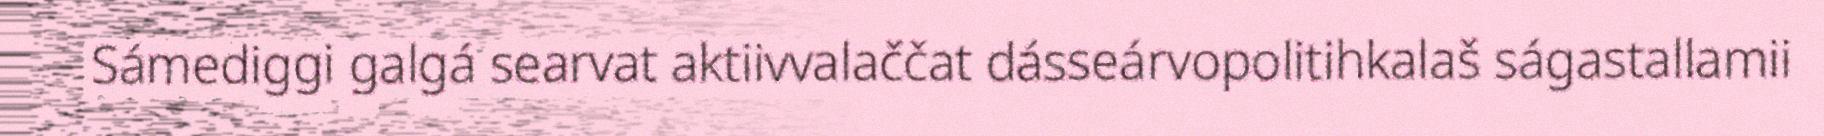
Sámediggi galgá searvat aktiivvalaččat dásseárvopolitihkalaš ságastallamii